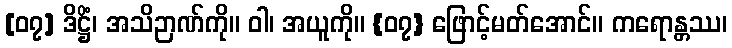
[၀၇] ဒိဋ္ဌိံ၊ အသိဉာဏ်ကို။ ဝါ၊ အယူကို။ {၀၇} ဖြောင့်မတ်အောင်။ ကရောန္တဿ၊